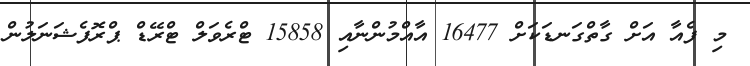
މި ފެއާ އަށް ގާތްގަނޑަކަށް 16477 އާއްމުންނާއި 15858 ޓްރެވަލް ޓްރޭޑް ޕްރޮފެޝަނަލުން